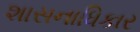
શાસનાધિકાર